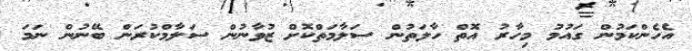
އެހެންކަމުން ގައުމު މިހާރު އޮތް ހާލަތުން ސަލާމަތްކޮށް ޒުވާނުން ސަލާމްކުރަން ބޭނުން ނަމަ